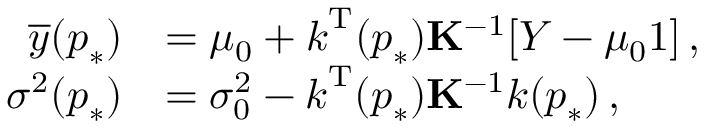
\begin{array} { r l } { \overline { { y } } ( \boldsymbol { p } _ { \ast } ) } & { = \mu _ { 0 } + \boldsymbol { k } ^ { \mathrm { T } } ( \boldsymbol { p } _ { \ast } ) \mathbf { K } ^ { - 1 } [ \boldsymbol { Y } - \mu _ { 0 } \boldsymbol { 1 } ] \, , } \\ { \sigma ^ { 2 } ( \boldsymbol { p } _ { \ast } ) } & { = \sigma _ { 0 } ^ { 2 } - \boldsymbol { k } ^ { \mathrm { T } } ( \boldsymbol { p } _ { \ast } ) \mathbf { K } ^ { - 1 } \boldsymbol { k } ( \boldsymbol { p } _ { \ast } ) \, , } \end{array}